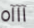
آآآه